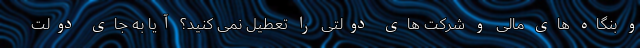
و بنگاه های مالی و شرکت های دولتی را تعطیل نمی کنید؟ آیا به جای دولت